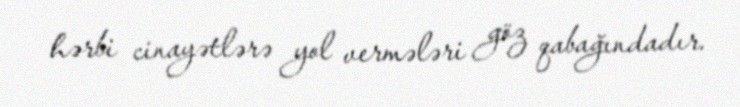
hərbi cinayətlərə yol vermələri göz qabağındadır.